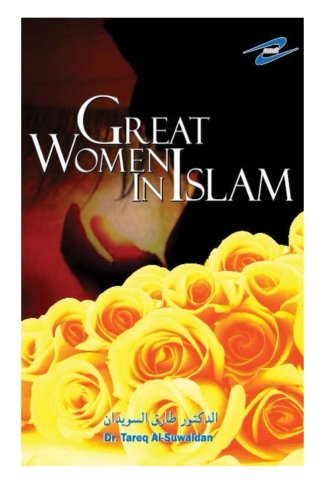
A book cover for Great Women in Islam; Dr Tareq Al-Suwaidan; Religion & Spirituality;